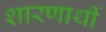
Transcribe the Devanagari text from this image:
शारणार्थी